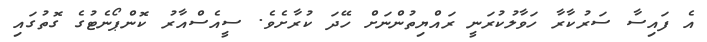
އެ ފައިސާ ސަރުކާރާ ހަވާލުކުރަނީ ރައްޔިތުންނަށް ހޭދަ ކުރާށެވެ. ސީއެސްއާރު ކޮންޕޯނެޓުގެ ގޮތުގައި